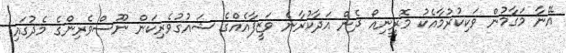
އޭނާ މަގާމުން ވަކިކުރުމާއެކު މޮރީނިއޯ ދެން އަދާކުރާނެ ވަޒީފާއެއްގެ ޝައުގުވެރިކަން ނޫސްވެރިންގެ މެދުގައި